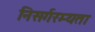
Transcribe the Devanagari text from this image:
निसर्गरम्यता